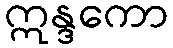
ဣန္ဒကော